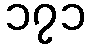
၁၇၁